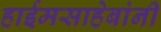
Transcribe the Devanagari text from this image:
हाईमसाहेबांनी